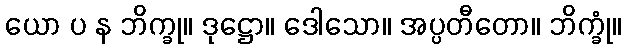
ယော ပ န ဘိက္ခု။ ဒုဋ္ဌော။ ဒေါသော။ အပ္ပတီတော။ ဘိက္ခုံ။